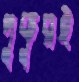
পুকুরই